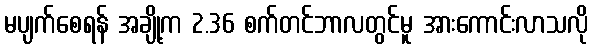
မပျက်စေရန် အချို့က 2.36 စက်တင်ဘာလတွင်မူ အားကောင်းလာသလို